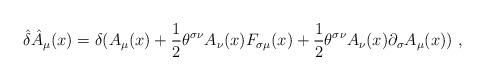
LaTeX: \begin{align*}\hat\delta \hat A_\mu (x)=\delta (A_\mu(x)+{1\over 2}\theta^{\sigma\nu}A_\nu(x)F_{\sigma\mu}(x)+{1\over2}\theta ^{\sigma\nu}A_\nu(x)\partial _\sigma A_\mu (x))~, \end{align*}